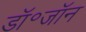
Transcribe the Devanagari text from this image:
डॉ॰जॉन